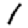
Digit: 1